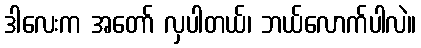
ဒါလေးက အတော် လှပါတယ်၊ ဘယ်လောက်ပါလဲ။